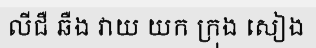
លីជឺ ឆឺង វាយ យក ក្រុង សៀង